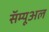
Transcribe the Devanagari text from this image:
सॅम्यूअल